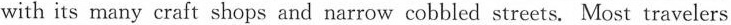
with its many craft shops and narrow cobbled streets. Most travelers